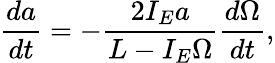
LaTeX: \frac{da}{dt}=-\frac{2I_{E}a}{L-I_{E}\Omega}\frac{d\Omega}{dt},